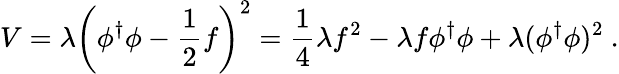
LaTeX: V=\lambda\left(\phi^{\dagger}\phi-\frac{1}{2}f\right)^{2}=\frac{1}{4}\lambda f^{2}-\lambda f\phi^{\dagger}\phi+\lambda(\phi^{\dagger}\phi)^{2}~.